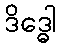
ဒိဒ္ဓေါ